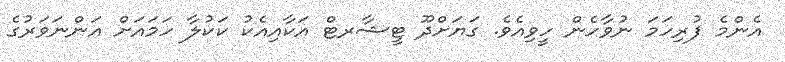
އެންމެ ފުރިހަމަ ނުވާހެން ހީވިއެވެ. ގަޔަށްދޫ ޓީޝާރޓް އަކާއިއެކު ކަކުލާ ހަމައަށް އަންނަވަރުގެ